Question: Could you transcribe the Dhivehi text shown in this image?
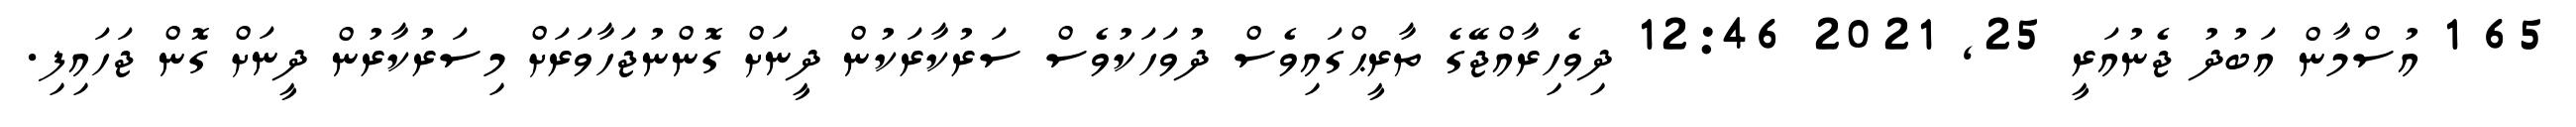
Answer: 65 1 އުސްމާން އަބުދު ޖެނުއަރީ 25, 2021 12:46 ދިވެހިރާއްޖޭގެ ތާރީޙްގައިވެސް ދުވަހަކުވެސް ސަރުކާރަކުން ދީނަށް ގޮންނުޖަހާވަރަށް މިސަރުކާރުން ދީނަށް ގޮން ޖަހައިފި.